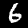
Label: 6